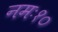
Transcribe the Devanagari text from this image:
नमः१०